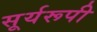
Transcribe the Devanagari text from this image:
सूर्यरूपी